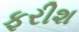
ફરીશ